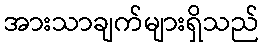
အားသာချက်များရှိသည်